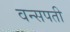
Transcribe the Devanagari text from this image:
वन्सपती